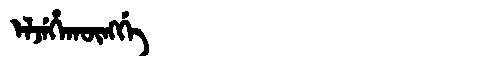
Manchu: ᡝᠯᠵᡝᡥᠠᡴᡡᠩᡤᡝ
Romanization: ELJEHAKŪNGGE